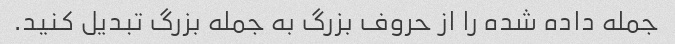
جمله داده شده را از حروف بزرگ به جمله بزرگ تبدیل کنید.